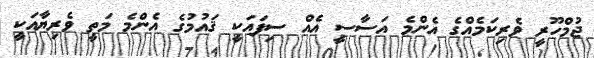
ޖުމްހޫރީ ވެރިކަމެއްގެ އެންމެ އަސާސީ އެއް ސިފައަކީ ޤައުމުގެ އެންމެ މަތީ ވެރިޔާއަކީ